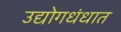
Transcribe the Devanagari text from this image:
उद्योगधंधात